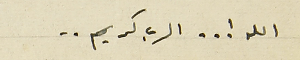
الله ! . . الرب كريم ..